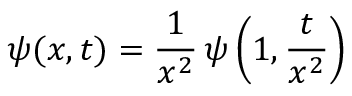
\psi ( x , t ) = { \frac { 1 } { x ^ { 2 } } } \, \psi \left( 1 , { \frac { t } { x ^ { 2 } } } \right)